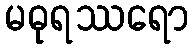
မဓုရဿရော